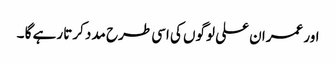
اور عمران علی لوگوں کی اسی طرح مدد کرتا رہے گا ۔